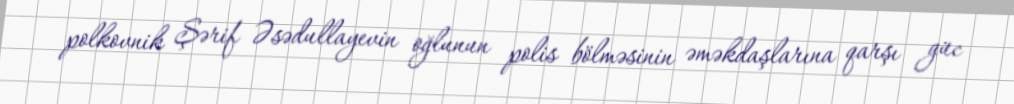
polkovnik Şərif Əsədullayevin oğlunun polis bölməsinin əməkdaşlarına qarşı güc